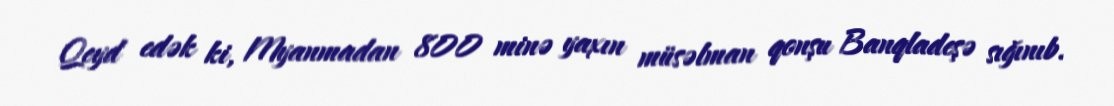
Qeyd edək ki, Myanmadan 800 minə yaxın müsəlman qonşu Banqladeşə sığınıb.